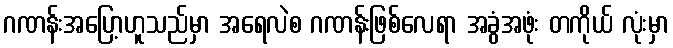
ဂဏန်းအပြော့ဟူသည်မှာ အရေလဲစ ဂဏန်းဖြစ်လေရာ အခွံအဖုံး တကိုယ် လုံးမှာ